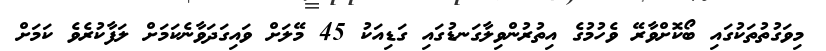
މިވަގުތުތަކުގައި ބޯކޮށްވާރޭ ވެހުމުގެ އިތުރުންވިލާގަނޑުގައި ގަޑިއަކު 45 މޭލަށް ވައިގަދަވާނެކަމަށް ލަފާކުރެވެ ކަމަށް